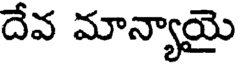
దేవ మాన్యాయై